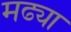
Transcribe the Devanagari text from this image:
मढ्या